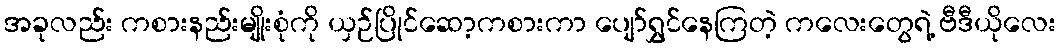
အခုလည်း ကစားနည်းမျိုးစုံကို ယှဉ်ပြိုင်ဆော့ကစားကာ ပျော်ရွှင်နေကြတဲ့ ကလေးတွေရဲ့ ဗီဒီယိုလေး